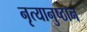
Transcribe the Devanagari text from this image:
नृत्यानुष्ठान